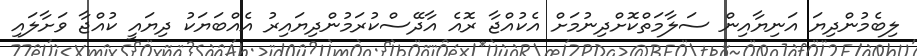
ލިބެމުންދިޔަ އަނިޔާއިން ސަލާމަތްކޮށްދިނުމަށް އެކުއްޖާ ރޮއެ އާދޭސްކުރަމުންދިޔައިރު އެއްބަޔަކު ދިޔައީ ކުއްޖާ ވަށާލައި